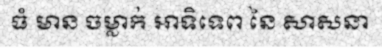
ធំ មាន ចម្លាក់ អាទិទេព នៃ សាសនា